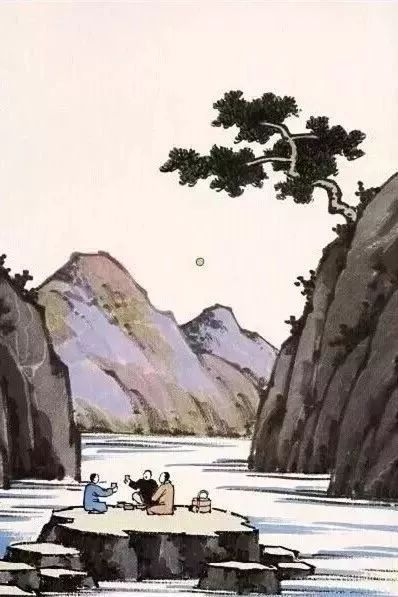
白酒新熟山中归，黄鸡啄黍秋正肥。